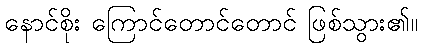
နောင်စိုး ကြောင်တောင်တောင် ဖြစ်သွား၏။